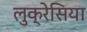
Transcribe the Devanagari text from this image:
लुक्रेसिया